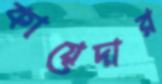
কায়েদার